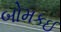
બોમકઈ